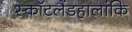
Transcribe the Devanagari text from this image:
स्कॉटलैंडहालांकि